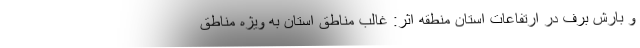
و بارش برف در ارتفاعات استان منطقه اثر: غالب مناطق استان به ویژه مناطق